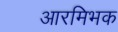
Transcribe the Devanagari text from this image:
आरमिभक